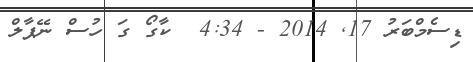
ޑިސެމްބަރު 17